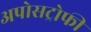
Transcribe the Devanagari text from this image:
अपोसट्रोफी